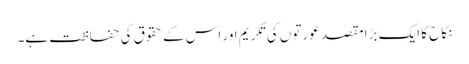
نکاح کا ایک بڑا مقصد عورتوں کی تکریم اور اس کے حقوق کی حفاظت ہے۔